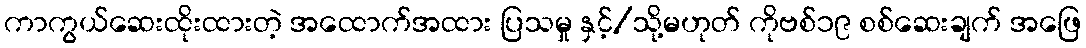
ကာကွယ်ဆေးထိုးထားတဲ့ အထောက်အထား ပြသမှု နှင့်/သို့မဟုတ် ကိုဗစ်၁၉ စစ်ဆေးချက် အဖြေ